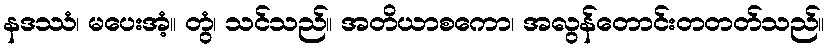
နဒဿံ၊ မပေးအံ့။ တွံ၊ သင်သည်။ အတိယာစကော၊ အလွန်တောင်းတတတ်သည်။